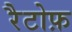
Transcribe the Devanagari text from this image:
रैटोफ़